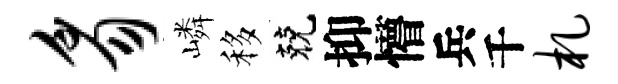
豸嶙移兢抑懵兵千札